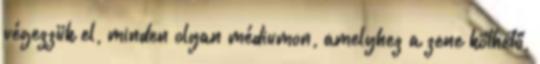
végezzük el, minden olyan médiumon, amelyhez a zene köthető,